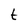
Character: t